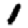
Digit: 1